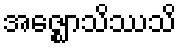
အဇ္ဈောသိဿသိ